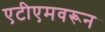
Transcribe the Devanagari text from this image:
एटीएमवरून